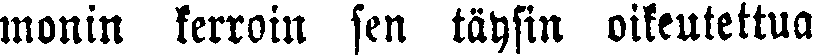
monin kerroin sen täysin oikeutettua